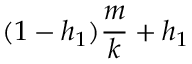
( 1 - h _ { 1 } ) \frac { m } { k } + h _ { 1 }